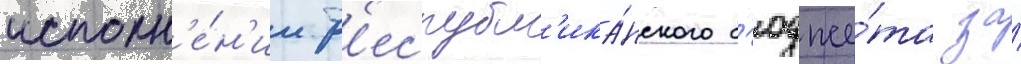
исполн'е́н'ии р'еспубл'ика́нского б'юдже́та за́